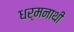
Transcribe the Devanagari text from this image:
धर्मनाथी